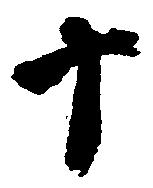
十